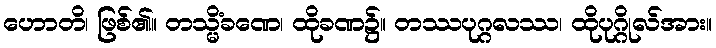
ဟောတိ၊ ဖြစ်၏။ တသ္မိံခဏေ၊ ထိုခဏ၌။ တဿပုဂ္ဂလဿ၊ ထိုပုဂ္ဂိုလ်အား။